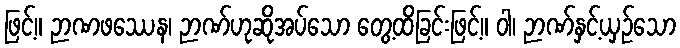
ဖြင့်။ ဉာဏဖဿေန၊ ဉာဏ်ဟုဆိုအပ်သော တွေ့ထိခြင်းဖြင့်။ ဝါ၊ ဉာဏ်နှင့်ယှဉ်သော